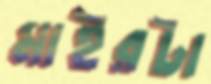
মাইরটা